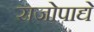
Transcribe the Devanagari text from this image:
राजोपाद्ये